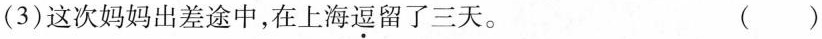
(3)这次妈妈出差途中，在上海\underset{·}{逗}留了三天。 ( )